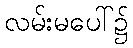
လမ်းမပေါ်၌